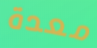
معدة